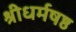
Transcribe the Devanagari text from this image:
श्रीधर्मषष्ठ